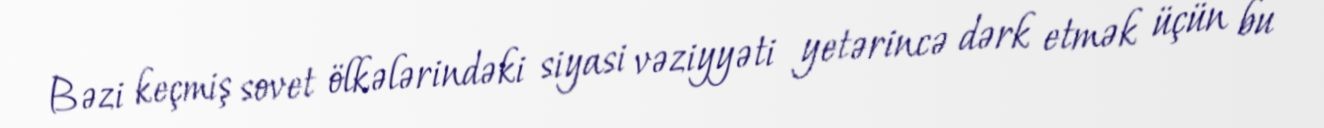
Bəzi keçmiş sovet ölkələrindəki siyasi vəziyyəti yetərincə dərk etmək üçün bu